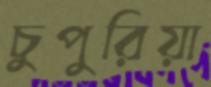
চুপুরিয়া